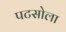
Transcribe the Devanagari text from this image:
पटसोला